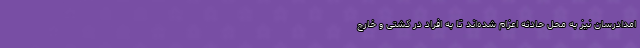
امدادرسان نیز به محل حادثه اعزام شده‌اند تا به افراد در کشتی و خارج